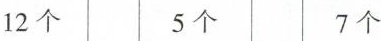
12个 5个 7个